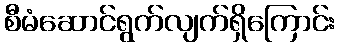
စီမံဆောင်ရွက်လျက်ရှိကြောင်း